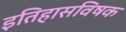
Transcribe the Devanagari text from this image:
इतिहासविषक